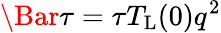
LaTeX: \Bar{\tau}=\tau T_{\mathrm{L}}(0)q^{2}